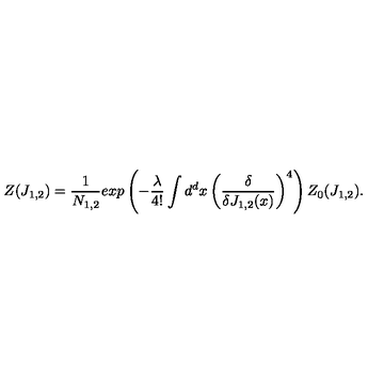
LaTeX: Z ( J _ { 1 , 2 } ) = \frac { 1 } { N _ { 1 , 2 } } e x p \left( - \frac { \lambda } { 4 ! } \int d ^ { d } x \left( \frac { \delta } { \delta J _ { 1 , 2 } ( x ) } \right) ^ { 4 } \right) Z _ { 0 } ( J _ { 1 , 2 } ) .